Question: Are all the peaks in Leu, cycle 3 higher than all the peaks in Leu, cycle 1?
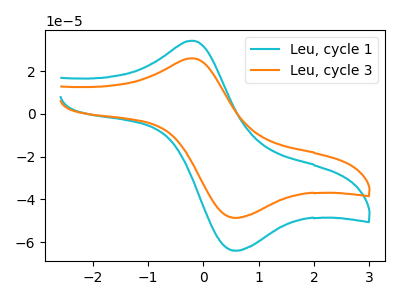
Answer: <think>The cyan curve "Leu, cycle 1" has an anodic peak at (-0.20V, 34.30uA) and a cathodic peak at (0.60V, -63.90uA). The orange curve "Leu, cycle 3" has an anodic peak at (-0.20V, 26.05uA) and a cathodic peak at (0.60V, -48.55uA).</think>
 <answer>Every peak in "Leu, cycle 3" is lower than every peak in "Leu, cycle 1".</answer>
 <eval>lower</eval>